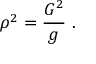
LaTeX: \rho ^ { 2 } = \frac { { \cal G } ^ { 2 } } { g } \ .